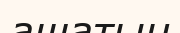
ашатын